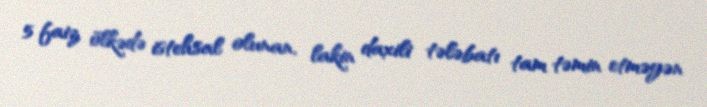
5 faiz ölkədə istehsal olunan, lakin daxili tələbatı tam təmin etməyən